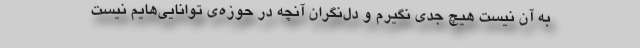
به آن نیست هیچ جدی نگیرم و دل‌نگران آنچه در حوزه‌ی توانایی‌هایم نیست